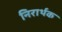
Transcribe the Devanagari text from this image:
निरार्थक